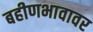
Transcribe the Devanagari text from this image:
बहीणभावावर